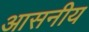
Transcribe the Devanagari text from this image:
आसनीय